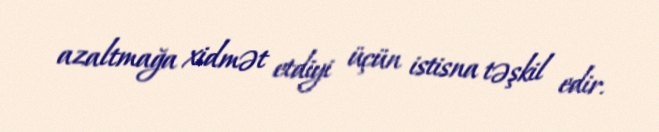
azaltmağa xidmət etdiyi üçün istisna təşkil edir.